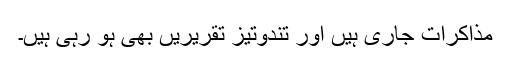
مذاکرات جاری ہیں اور تندوتیز تقریریں بھی ہو رہی ہیں۔